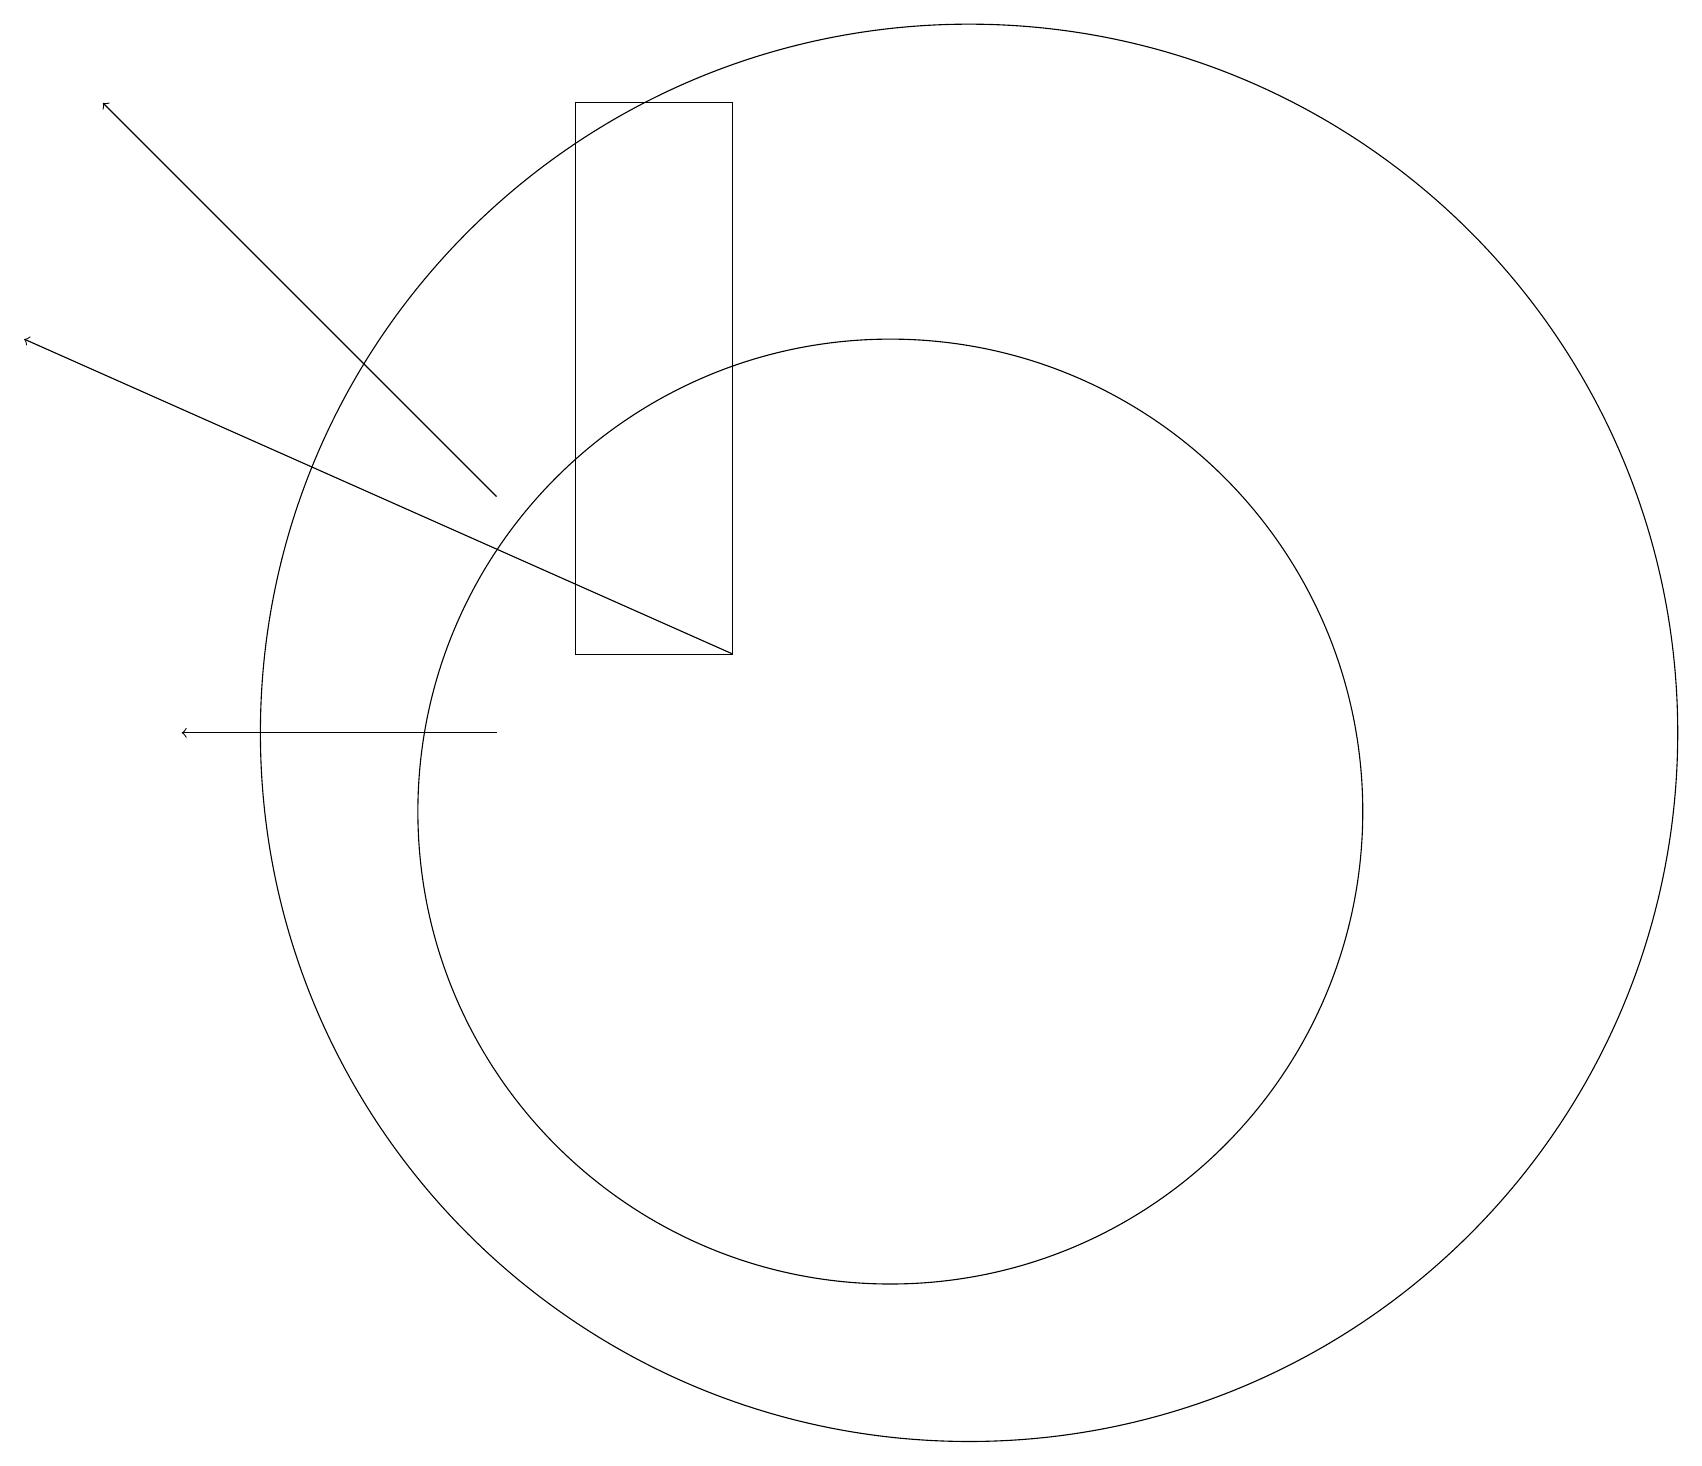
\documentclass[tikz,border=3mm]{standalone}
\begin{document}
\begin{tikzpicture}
\draw[->] (6,11) -- (2,11);
\draw (12,11) circle (9);
\draw[->] (9,12) -- (0,16);
\draw (11,10) circle (6);
\draw (5,11) rectangle (5,11);
\draw (9,19) rectangle (7,12);
\draw[->] (6,14) -- (1,19);
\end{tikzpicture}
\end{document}